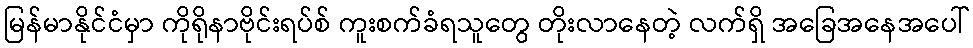
မြန်မာနိုင်ငံမှာ ကိုရိုနာဗိုင်းရပ်စ် ကူးစက်ခံရသူတွေ တိုးလာနေတဲ့ လက်ရှိ အခြေအနေအပေါ်